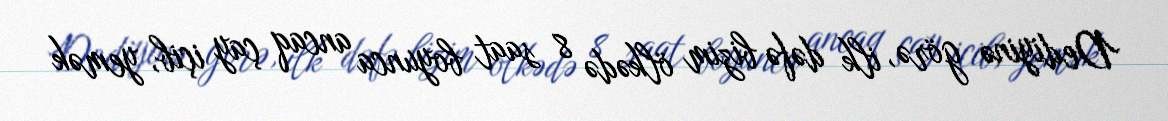
Dediyinə görə, ilk dəfə bizim ölkədə 8 saat boyunca ancaq çay içib, yemək